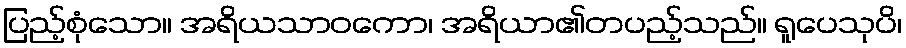
ပြည့်စုံသော။ အရိယသာဝကော၊ အရိယာ၏တပည့်သည်။ ရူပေသုပိ၊